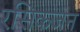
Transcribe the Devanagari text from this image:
रसिकजन